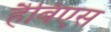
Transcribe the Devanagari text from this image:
हैबिएस